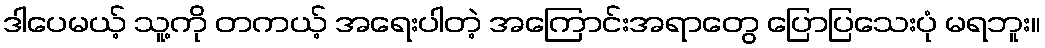
ဒါပေမယ့် သူ့ကို တကယ့် အရေးပါတဲ့ အကြောင်းအရာတွေ ပြောပြသေးပုံ မရဘူး။